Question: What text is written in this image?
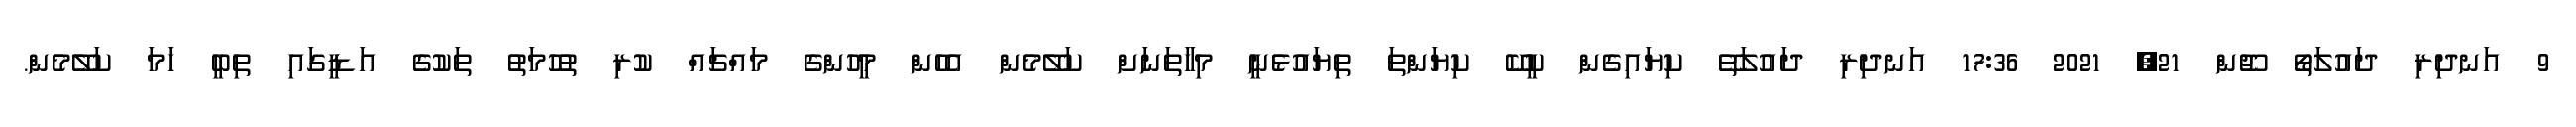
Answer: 9 އަނދިރި ދައުލަތޯ ޖޫން 21, 2021 17:36 އަނދިރި ދައުލަތޭ ކިޔައިގެން ކީކޭ ކިޔަންތަ ތިޔައުޅެނީ މިހާތަނަށް ކަލޭމެން އެހެން މީހުންގެ މައްޗައް ކުރި ތުހުމަތު ތަކުގެ އަޑީގައި ތިބީ ހަމަ ކަލޭމެން.